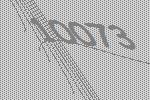
10073